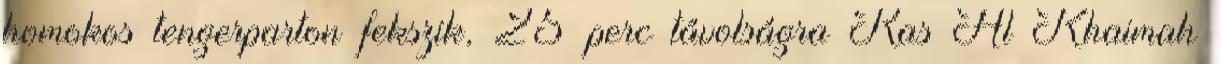
homokos tengerparton fekszik, 25 perc távolságra Ras Al Khaimah